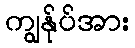
ကျွနု်ပ်အား